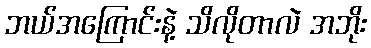
ဘယ်အကြောင်းနဲ့ သိလိုတာလဲ အဘိုး